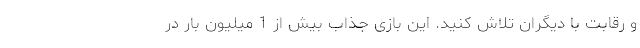
و رقابت با دیگران تلاش کنید. این بازی جذاب بیش از 1 میلیون بار در